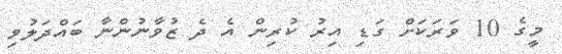
މީގެ 10 ވަރަކަށް ގަޑި އިރު ކުރިން އެ ދެ ޒުވާނުންނާ ބައްދަލުވި